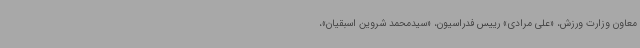
معاون وزارت ورزش، «علی مرادی» رییس فدراسیون، «سیدمحمد شروین اسبقیان»،